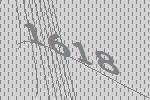
1618